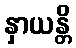
နှာယန္တိ